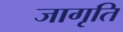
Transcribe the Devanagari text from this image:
जागृति